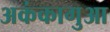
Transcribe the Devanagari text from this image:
अकंकागुआ